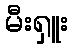
မီးရှူး